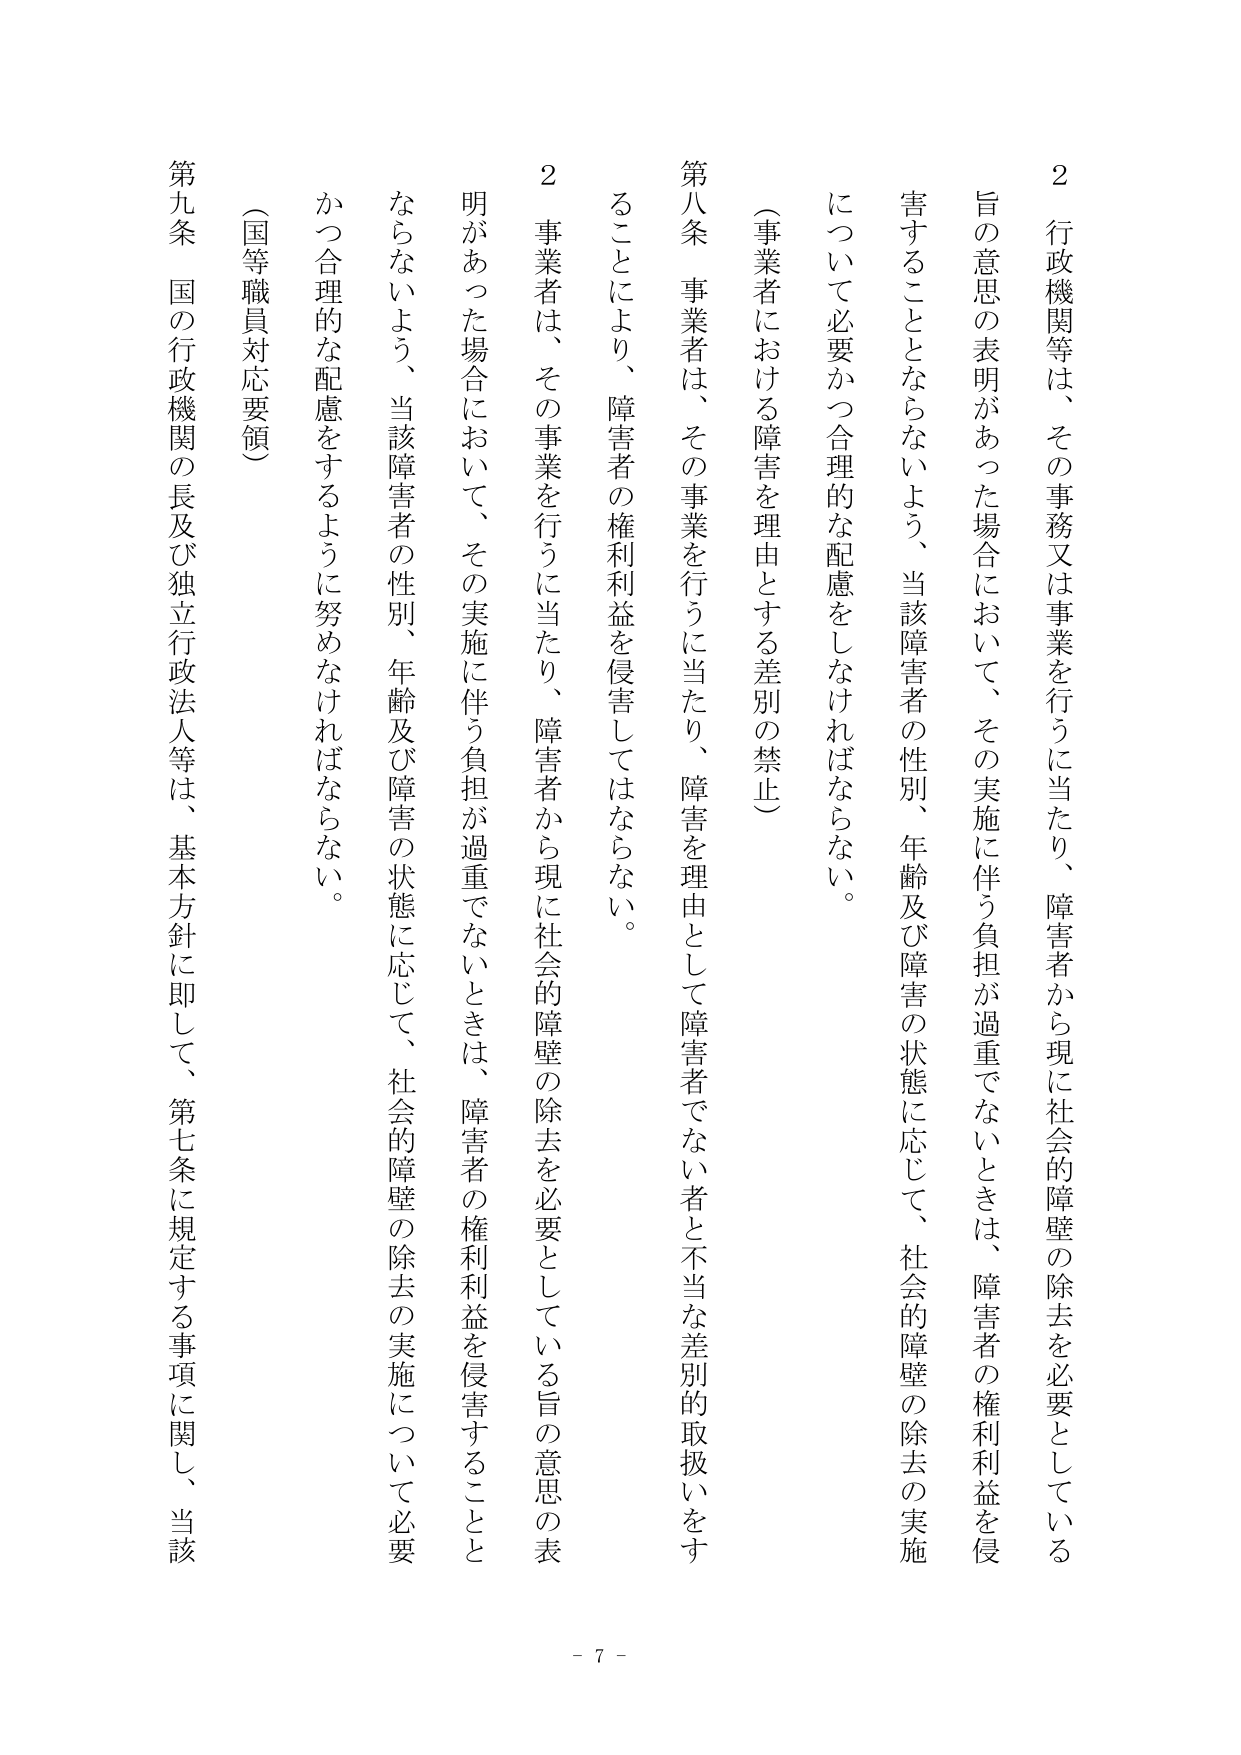
2 行政機関等は、その事務又は事業を行うに当たり、障害者から現に社会的障壁の除去を必要としている旨の意思の表明があった場合において、その実施に伴う負担が過重でないときは、障害者の権利利益を侵害することとならないよう、当該障害者の性別、年齢及び障害の状態に応じて、社会的障壁の除去の実施について必要かつ合理的な配慮をしなければならない。

（事業者における障害を理由とする差別の禁止）

第八条 事業者は、その事業を行うに当たり、障害を理由として障害者でない者と不当な差別的取扱いをすることにより、障害者の権利利益を侵害してはならない。

2 事業者は、その事業を行うに当たり、障害者から現に社会的障壁の除去を必要としている旨の意思の表明があった場合において、その実施に伴う負担が過重でないときは、障害者の権利利益を侵害することとならないよう、当該障害者の性別、年齢及び障害の状態に応じて、社会的障壁の除去の実施について必要かつ合理的な配慮をするように努めなければならない。

（国等職員対応要領）

第九条 国の行政機関の長及び独立行政法人等は、基本方針に即して、第七条に規定する事項に関し、当該

- 7 -